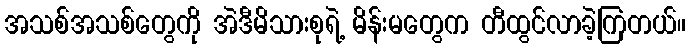
အသစ်အသစ်တွေကို အဲဒီမိသားစုရဲ့ မိန်းမတွေက တီထွင်လာခဲ့ကြတယ်။